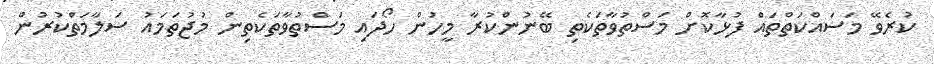
ކުރެވޭ މަސައްކަތްތައް ފުޅާކޮށް މަސްތުވާތަކެތި ބޭނުންކުރާ މީހުން ހޯދައި މަސްތުވާތަކެތިން މުޖުތަމައު ސަލާމަތްކުރުން